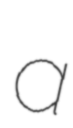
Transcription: a